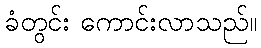
ခံတွင်း ကောင်းလာသည်။